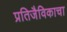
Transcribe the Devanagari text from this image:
प्रतिजैविकाचा